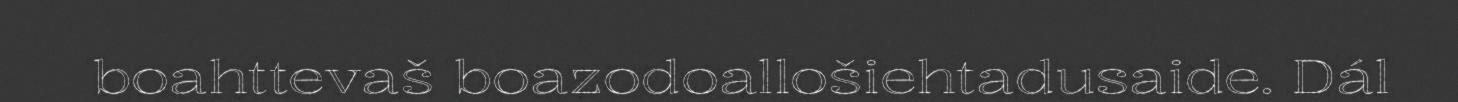
boahttevaš boazodoallošiehtadusaide. Dál